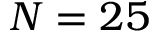
N = 2 5